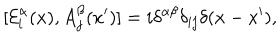
[ { \cal E } _ { i } ^ { \alpha } ( x ) , A _ { j } ^ { \beta } ( x ^ { \prime } ) ] = i \delta ^ { \alpha \beta } \delta _ { i j } \delta ( x - x ^ { \prime } ) ,